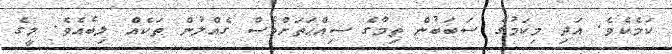
ކަމެކެވެ. އަދި މިކަމުގެ ސަބަބުން ތިމާގެ ސިއްޙަތަށްވެސް ގެއްލުން ތަކެއް ލިބެއެވެ. މީގެ